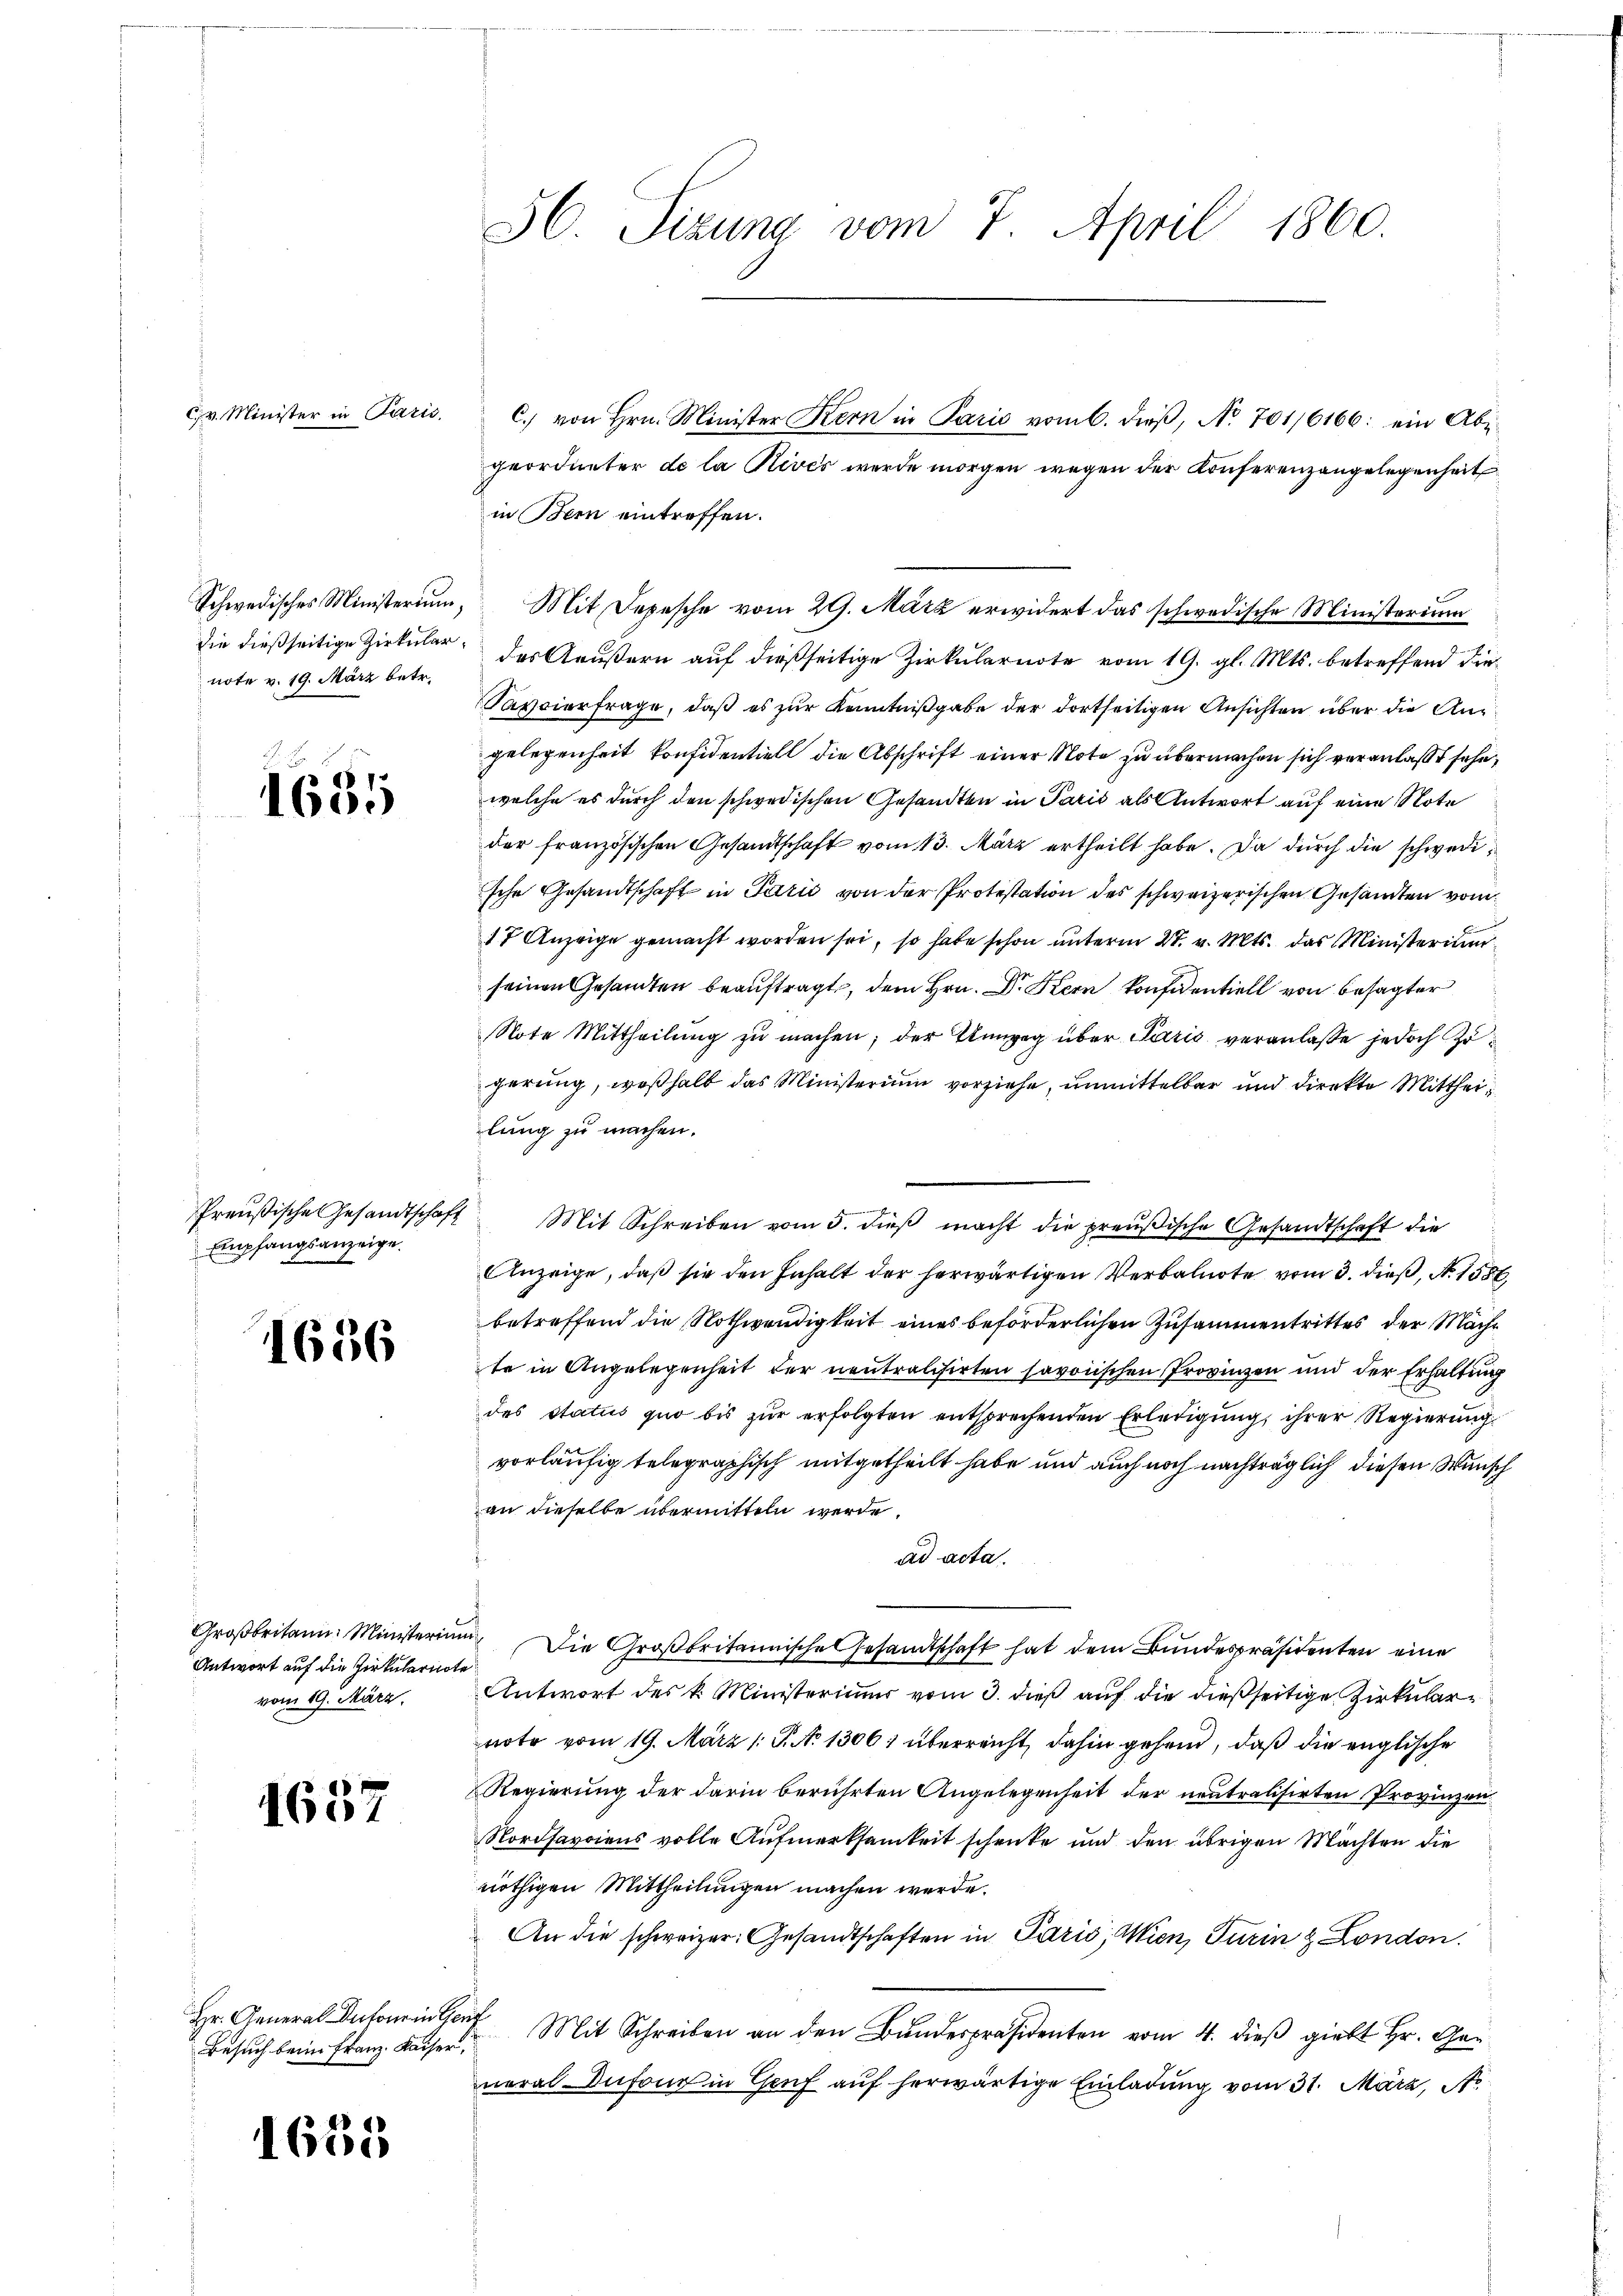
C. v. Minister in Paris,

note v. 19. März betr.

1685

Empfangsanzeige.

1686

Antwort auf die Zirkulariote
vom 19. März.

1657

Hr. General Dufour in Genf
Besuch beim Franz Kaiser,

1655

in Bern eintreffen.
Schwedisches Ministerium, Mit Depesche vom 29. März erwidert das schwedische Ministerium
die dießseitige Zirkular, der Aeußern auf dießseitige Zirkularnote vom 19. gl. Mts. betreffend die¬
Sappierfrage, daß es zur Kenntnißgabe der dortseitigen Ansichten über die Angelegenheit konfidentiell die Abschrift einer Note zu übermachen sich veranlaßt sehe,
welche es durch den schwedischen Gesandten in Paris als Antwort auf eine Note
der französischen Gesandtschaft vom 13. März ertheilt habe. Da durch die schwedische Gesandtschaft in Parić von der Protestation des schweizerischen Gesandten vom
17 Anzeige gemacht worden sei, so habe schon unterm 27. v. Mts. das Ministerium
seinen Gesandten beauftragt, dem Hrn. Dr Kern konfidentiell von besagter
Note Mittheilŭng zŭ machen; der Einweg über Paris veranlasse jedoch Zuperung, weßhalb das Ministerium vorziehe, unmittelbar und direkte Mittheilung zu machen.
Preußische Gesandtschaft Mit Schreiben vom 5. dieβ macht die preŭβische Gesandtschaft die
Anzeige, daß sie den Inhalt der herwärtigen Verbalnote vom 3. dieß, N. 1558,
betreffend die Nothwendigkeit eines beförderlichen Zusammentrittes der Mache
te in Angelegenheit der neutralisirten savonischen Provinzen und der Erhaltung
des Status quo bis zur erfolgten entsprechenden Erledigung, ihrer Regierung
vorläufig telegraphisch mitgetheilt habe und auch noch nachträglich diesen Wunsch
an dieselbe übermitteln werde.
ad acta.
Groβbritann. Ministerium Die Großbritannische Gesandtschaft hat dem Bundespräsidenten eine
Antwort des k. Ministeriums vom 3. dieß auf die dießseitige Zirkularnote vom 19. März /: P. N. 1306) überreicht, dahin gehend, daß die englische
Regierung der darin berührten Angelegenheit der neutralisirten Provinzen
Nordsarciens volle Aufmerksamkeit schenke und den übrigen Machten die
nöthigen Mittheilungen machen werde.
An die schweizer. Gesandtschaften in Paris, Wien, Turin & London.
Mit Schreiben an den Bundespräsidenten vom 4. dieß giebt Hr. General Antone in Genf auf herwärtige Einladung vom 31. März, A.

SC. Sizung vom 7. April 1860.

C.) von Hrn. Minister Kern in Paris vom 6. dieß, No. 701,6166: ein Abe
geordneter de la Rives werde morgen wegen der Konferenzangelegenheit